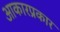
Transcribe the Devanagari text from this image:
आकारप्रकार